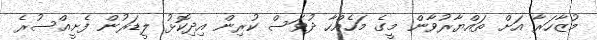
މުޒާހަރާ އަށް ތައްޔާރުވާން މީގެ މަހެއްހާ ދުވަސް ކުރިން އިދިކޮޅު ލީޑަރުން ފެށީއްސުރެ